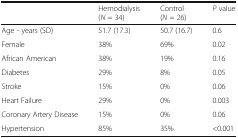
<table><thead><tr><td></td><td><b>Hemodialysis (<i>N</i> = 34)</b></td><td><b>Control (<i>N</i> = 26)</b></td><td><b><i>P</i> value</b></td></tr></thead><tbody><tr><td>Age - years (SD)</td><td>51.7 (17.3)</td><td>50.7 (16.7)</td><td>0.6</td></tr><tr><td>Female</td><td>38%</td><td>69%</td><td>0.02</td></tr><tr><td>African American</td><td>38%</td><td>19%</td><td>0.16</td></tr><tr><td>Diabetes</td><td>29%</td><td>8%</td><td>0.05</td></tr><tr><td>Stroke</td><td>15%</td><td>0%</td><td>0.06</td></tr><tr><td>Heart Failure</td><td>29%</td><td>0%</td><td>0.003</td></tr><tr><td>Coronary Artery Disease</td><td>15%</td><td>0%</td><td>0.06</td></tr><tr><td>Hypertension</td><td>85%</td><td>35%</td><td>&lt;0.001</td></tr></tbody></table>